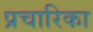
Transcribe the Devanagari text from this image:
प्रचारिका